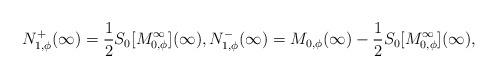
LaTeX: \begin{align*}N_{1,\phi}^{+}(\infty) = \frac{1}{2} S_{0}[M^\infty_{0,\phi}](\infty),N_{1,\phi}^{-}(\infty) =M_{0,\phi}(\infty) -\frac{1}{2} S_{0}[M^\infty_{0,\phi}](\infty),\end{align*}